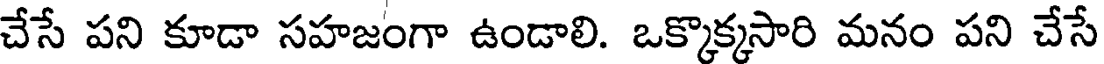
చేసే పని కూడా సహజంగా ఉండాలి. ఒక్కొక్కసారి మనం పని చేసే